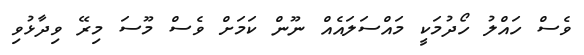
ވެސް ހައްލު ހޯދުމަކީ މައްސަލައެއް ނޫން ކަމަށް ވެސް މޫސަ މިރޭ ވިދާޅުވި